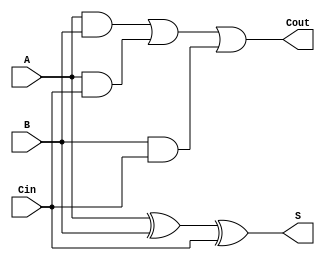
// 1-bit FA 
module full_adder(A, B, Cin, S, Cout);

input A, B, Cin;
output S, Cout;

assign S = A ^ B ^ Cin;
assign Cout = (A & B) | (A & Cin) | (B & Cin);

endmodule